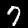
Digit: 7